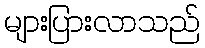
များပြားလာသည်